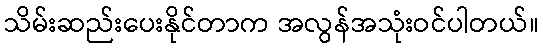
သိမ်းဆည်းပေးနိုင်တာက အလွန်အသုံးဝင်ပါတယ်။